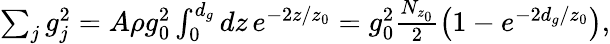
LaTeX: \begin{array}{r}{\sum_{j}g_{j}^{2}=A\rho g_{0}^{2}\int_{0}^{d_{g}}dz\, e^{-2z/z_{0}}=g_{0}^{2}\frac{N_{z_{0}}}{2}\left(1-e^{-2d_{g}/z_{0}}\right),}\end{array}